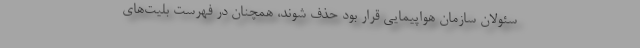
سئولان سازمان هواپیمایی قرار بود حذف شوند، همچنان در فهرست بلیت‌های